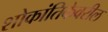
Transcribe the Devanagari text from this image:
शोकांतिकेवरील